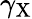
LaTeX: \gamma_{\mathrm{{X}}}